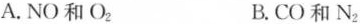
A.NO和O_{2} B.CO和N_{2}